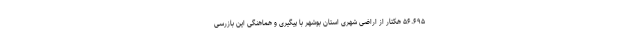
۵۶.۶۹۵ هکتار از اراضی شهری استان بوشهر با پیگیری و هماهنگی این بازرسی